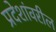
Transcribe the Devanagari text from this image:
प्रदेशांवरील